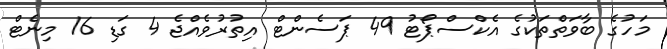
މަހުގެ ބާވަތްތަކުގެ އެކްސްޕޯޓު 49 ޕަސެންޓް އިތުރުވެއްޖެ 4 ގަޑި 16 މިނެޓް